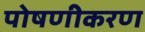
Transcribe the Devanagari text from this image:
पोषणीकरण